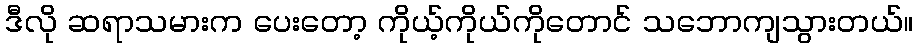
ဒီလို ဆရာသမားက ပေးတော့ ကိုယ့်ကိုယ်ကိုတောင် သဘောကျသွားတယ်။